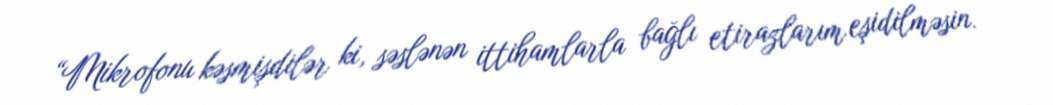
“Mikrofonu kəsmişdilər ki, səslənən ittihamlarla bağlı etirazlarım eşidilməsin.